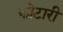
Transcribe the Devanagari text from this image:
कोटारी